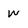
Character: W